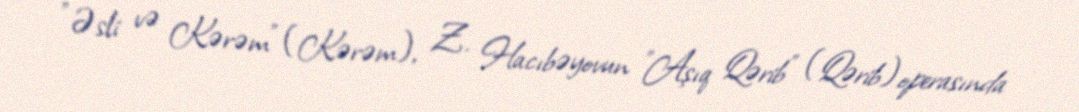
"Əsli və Kərəm" (Kərəm), Z. Hacıbəyovun "Aşıq Qərib" (Qərib) operasında